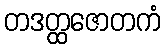
တဒတ္ထဇောတကံ